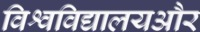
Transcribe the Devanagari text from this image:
विश्वविद्यालयऔर